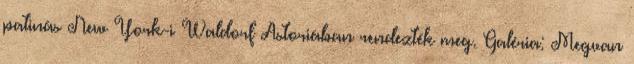
patinás New York-i Waldorf Astoriában rendezték meg. Galéria: Megvan